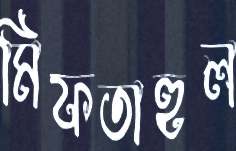
মিফতাহুল